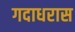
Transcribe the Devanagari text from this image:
गदाधरास